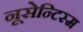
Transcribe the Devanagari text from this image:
नूसेन्टिस्म